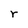
Character: r